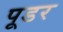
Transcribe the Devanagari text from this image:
पूडर